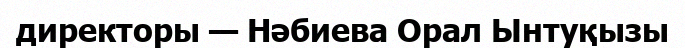
директоры — Нәбиева Орал Ынтуқызы